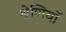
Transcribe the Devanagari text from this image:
श्रेणियॉं